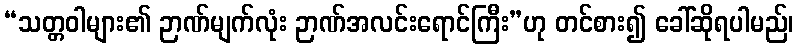
“သတ္တဝါများ၏ ဉာဏ်မျက်လုံး ဉာဏ်အလင်းရောင်ကြီး”ဟု တင်စား၍ ခေါ်ဆိုရပါမည်၊